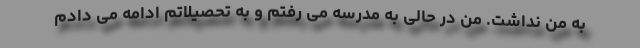
به من نداشت. من در حالی به مدرسه می رفتم و به تحصیلاتم ادامه می دادم